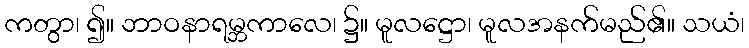
ကတွာ၊ ၍။ ဘာဝနာရမ္ဘကာလေ၊ ၌။ မူလဋ္ဌော၊ မူလအနက်မည်၏။ သယံ၊